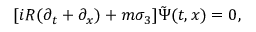
[ i R ( \partial _ { t } + \partial _ { x } ) + m \sigma _ { 3 } ] \tilde { \Psi } ( t , x ) = 0 ,